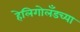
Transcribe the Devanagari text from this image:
हेलिगोलँडच्या